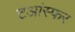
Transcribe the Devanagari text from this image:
टआंस्फर